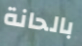
بالحانة